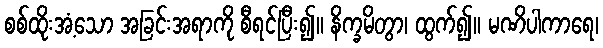
စစ်ထိုးအံ့သော အခြင်းအရာကို စီရင်ပြီး၍။ နိက္ခမိတွာ၊ ထွက်၍။ မဏိပါကာရေ၊